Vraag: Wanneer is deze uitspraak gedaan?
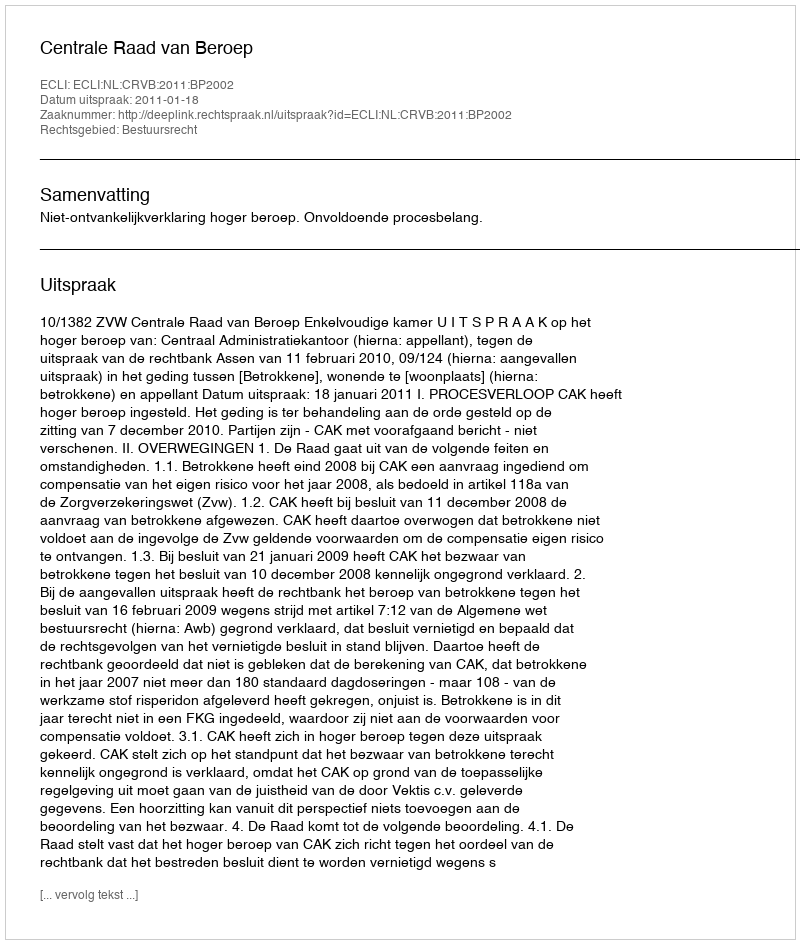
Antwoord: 2011-01-18